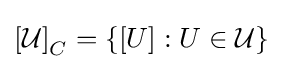
\left[{\mathcal {U}}\right]_{C}=\left\{\left[U\right]:U\in {\mathcal {U}}\right\}